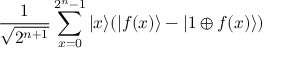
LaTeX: { \frac { 1 } { \sqrt { 2 ^ { n + 1 } } } } \sum _ { x = 0 } ^ { 2 ^ { n } - 1 } | x \rangle ( | f ( x ) \rangle - | 1 \oplus f ( x ) \rangle )